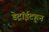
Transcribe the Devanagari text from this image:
डेट्रॉईटहून